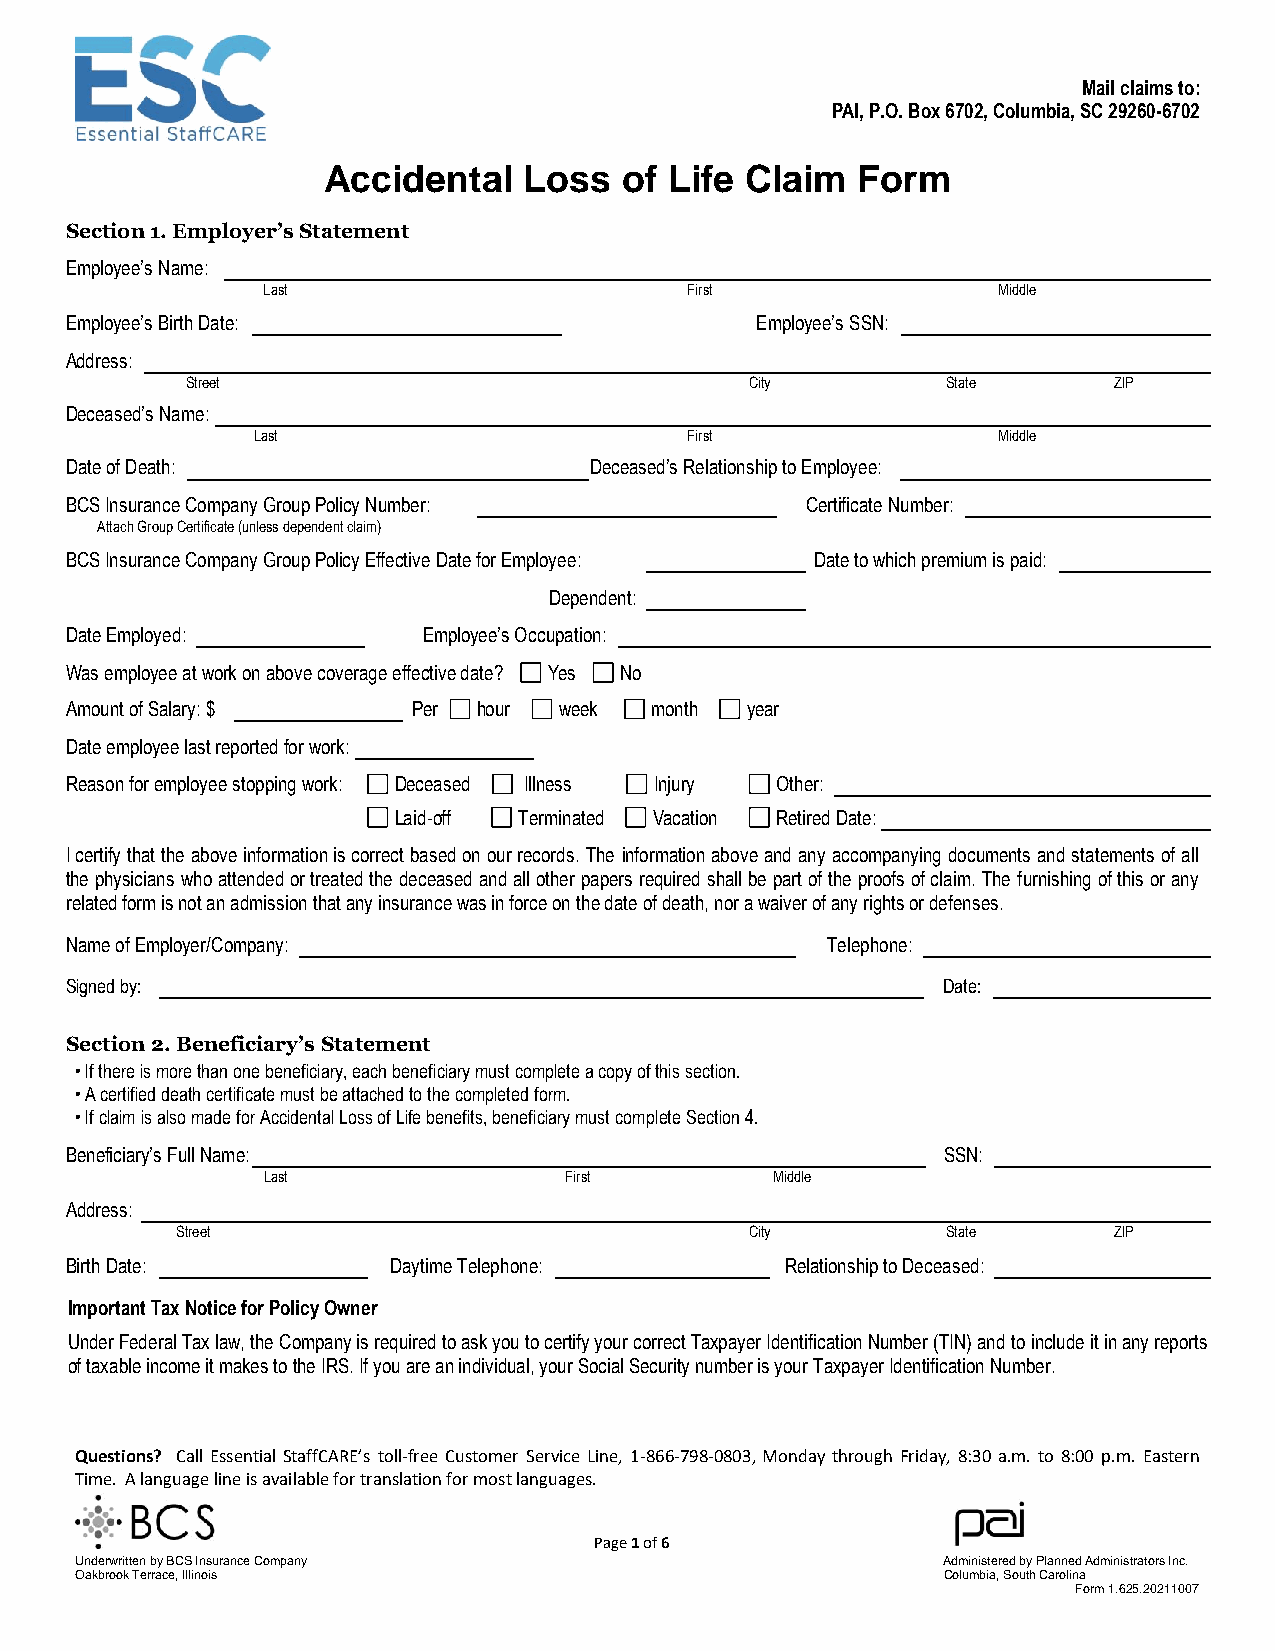
Mail claims to:
 PAI, P.O. Box 6702, Columbia, SC 29260-6702
 Accidental    Loss  of Life Claim   Form
 Section 1. Employer’s Statement
 Employee’s Name:
 Last                         First               Middle
 Employee’s Birth Date:                        Employee’s SSN:
 Address:
 Street                                City         State      ZIP
 Deceased’s Name:
 Last                         First               Middle
 Date of Death:                     Deceased’s Relationship to Employee:
 BCS Insurance Company Group Policy Number:       Certificate Number:
 Attach Group Certificate (unless dependent claim)
 BCS Insurance Company Group Policy Effective Date for Employee: Date to which premium is paid:
 Dependent:
 Date Employed:          Employee’s Occupation:
 Was employee at work on above coverage effective date? Yes No
 Amount of Salary: $    Per  hour week  month year
 Date employee last reported for work:
 Reason for employee stopping work: Deceased Illness Injury Other:
 Laid-off Terminated Vacation Retired Date:
 I certify that the above information is correct based on our records. The information above and any accompanying documents and statements of all
 the physicians who attended or treated the deceased and all other papers required shall be part of the proofs of claim. The furnishing of this or any
 related form is not an admission that any insurance was in force on the date of death, nor a waiver of any rights or defenses.
 Name of Employer/Company:                          Telephone:
 Signed by:                                                Date:
 Section 2. Beneficiary’s Statement
 • If there is more than one beneficiary, each beneficiary must complete a copy of this section.
 • A certified death certificate must be attached to the completed form.
 • If claim is also made for Accidental Loss of Life benefits, beneficiary must complete Section 4.
 Beneficiary’s Full Name:                                  SSN:
 Last                First         Middle
 Address:
 Street                                City         State      ZIP
 Birth Date:           Daytime Telephone:        Relationship to Deceased:
 Important Tax Notice for Policy Owner
 Under Federal Tax law, the Company is required to ask you to certify your correct Taxpayer Identification Number (TIN) and to include it in any reports
 of taxable income it makes to the IRS. If you are an individual, your Social Security number is your Taxpayer Identification Number.
 Questions? Call Essential StaffCARE’s toll-free Customer Service Line, 1-866-798-0803, Monday through Friday, 8:30 a.m. to 8:00 p.m. Eastern
 Time. A language line is available for translation for most languages.
 Page 1 of 6
 Underwritten by BCS Insurance Company                    Administered by Planned Administrators Inc.
 Oakbrook Terrace, Illinois                               Columbia, South Carolina
 Form 1.625.20211007